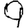
Digit: 9